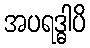
အပရဒ္ဓါပိ